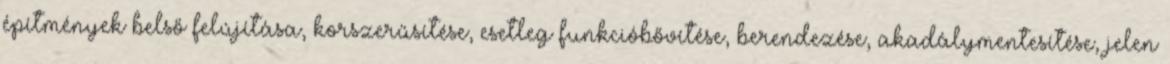
építmények belső felújítása, korszerűsítése, esetleg funkcióbővítése, berendezése, akadálymentesítése, jelen